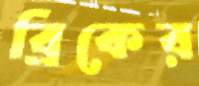
ব্রিকের